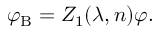
\varphi _ { \mathrm { B } } = Z _ { 1 } ( \lambda , n ) \varphi .